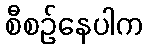
စီစဉ်နေပါက